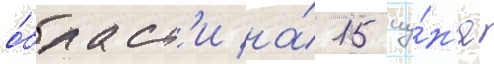
о́бласт'и на́ 15 иу́н'я